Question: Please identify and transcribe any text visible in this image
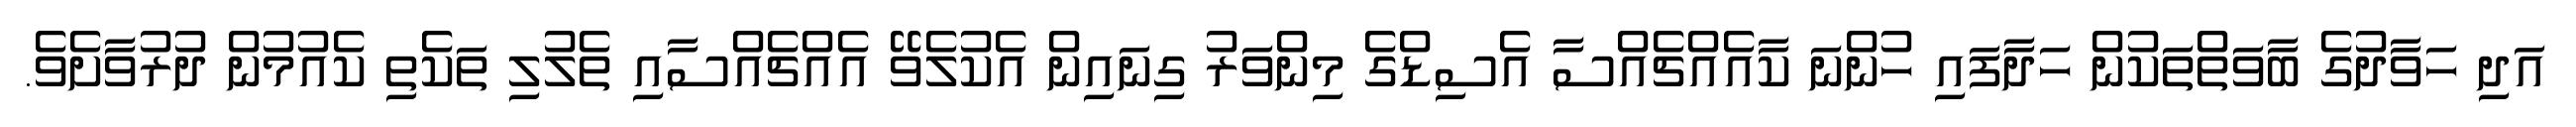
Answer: އަދި ހަވާދުގެ ބާވަތްތަކުން ހަދާފައި ހުންނަ ކާއެއްޗެއްސާ އެސިޑްގެ މިންވަރު ގިނައިން އެކުލެވޭ އެއްޗެއްސާއި ތެލުލި ތަކެތި ކެއުމުން ދުރުވާށެވެ.